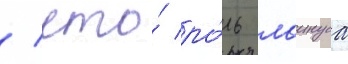
/ что́ ро́ль лаинуса